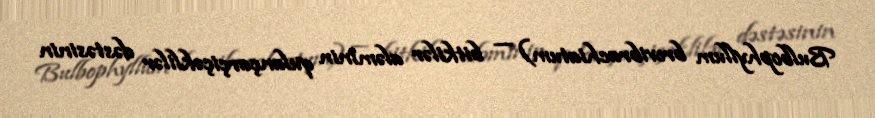
Bulbophyllum brevibrachiatum) — bitkilər aləminin qulançarçiçəklilər dəstəsinin